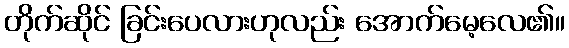
တိုက်ဆိုင် ခြင်းပေလားဟုလည်း အောက်မေ့လေ၏။